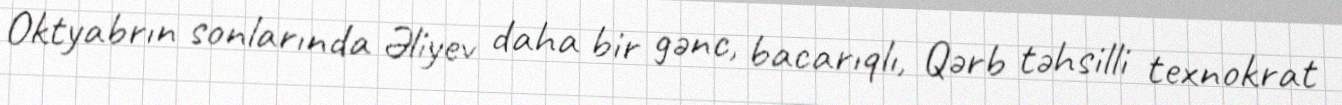
Oktyabrın sonlarında Əliyev daha bir gənc, bacarıqlı, Qərb təhsilli texnokrat